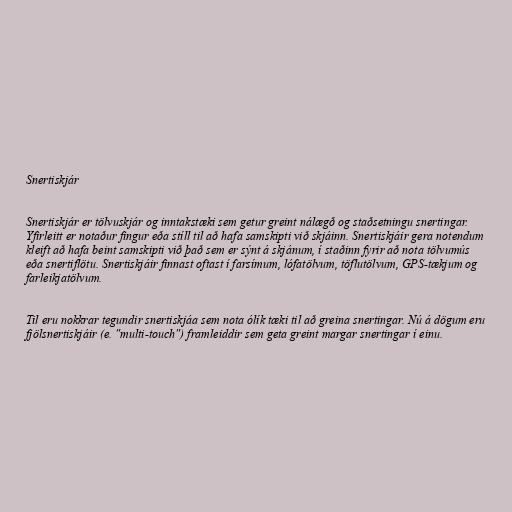
Snertiskjár

Snertiskjár er tölvuskjár og inntakstæki sem getur greint nálægð og staðsetningu snertingar.
Yfirleitt er notaður fingur eða stíll til að hafa samskipti við skjáinn. Snertiskjáir gera notendum
kleift að hafa beint samskipti við það sem er sýnt á skjánum, í staðinn fyrir að nota tölvumús
eða snertiflötu. Snertiskjáir finnast oftast í farsímum, lófatölvum, töflutölvum, GPS-tækjum og
farleikjatölvum.

Til eru nokkrar tegundir snertiskjáa sem nota ólík tæki til að greina snertingar. Nú á dögum eru
fjölsnertiskjáir (e. "multi-touch") framleiddir sem geta greint margar snertingar í einu.